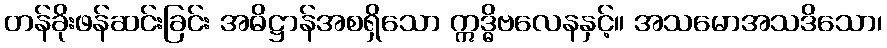
တန်ခိုးဖန်ဆင်းခြင်း အဓိဋ္ဌာန်အစရှိသော ဣဒ္ဓိဗလေနနှင့်။ အသမောအသဒိသော၊